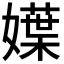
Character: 𡢬